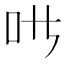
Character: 𱒁